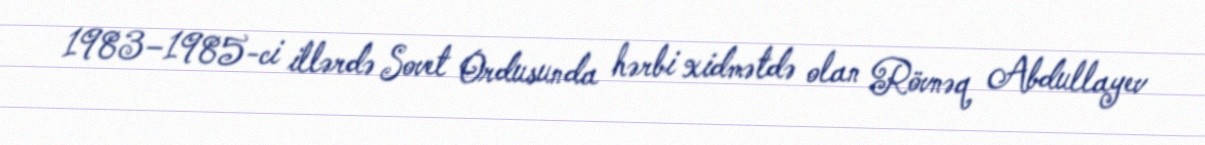
1983–1985-ci illərdə Sovet Ordusunda hərbi xidmətdə olan Rövnəq Abdullayev